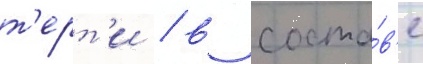
т'ерт'и / в соста́в'е